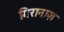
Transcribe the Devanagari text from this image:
गिरानाज़